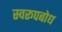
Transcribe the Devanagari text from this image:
स्वरूपबोध